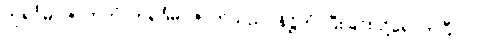
ကုရုင်္ဂမိဂဇာတကံ၊ ကုရုင်္ဂမိဂဇာတ်သည်။ နိဋ္ဌိတံ၊ ပြီးခြင်းသို့ရောက်ပြီ။ ၂၂၊